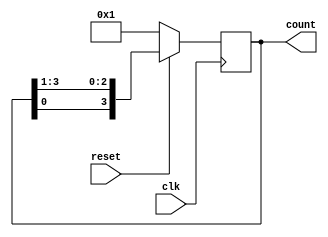
`timescale 1ns / 1ps
//////////////////////////////////////////////////////////////////////////////////
// Company: 
// Engineer: 
// 
// Design Name:    Ring counter
// Module Name:    ring_counter 
// Project Name: 
// Target Devices: 
// Tool versions: 
// Description: 
//
// Dependencies: 
//
// Revision: 
// Revision 0.01 - File Created
// Additional Comments: 
//
//////////////////////////////////////////////////////////////////////////////////
module ring_counter(  clk,
     reset, count );
	 parameter WIDTH=4;
	 input clk,reset;
	 output reg [WIDTH-1:0] count;
	 always@(posedge clk)
begin
if(reset)
count={count[0],count[WIDTH-1:1]};
else 
count=4'b0001;
end
endmodule